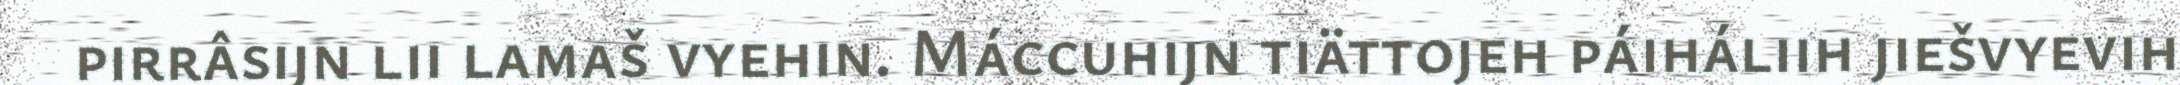
pirrâsijn lii lamaš vyehin. Máccuhijn tiättojeh páiháliih jiešvyevih